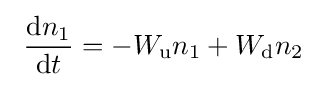
~{\frac {{\rm {d}}n_{1}}{{\rm {d}}t}}=-W_{\rm {u}}n_{1}+W_{\rm {d}}n_{2}~